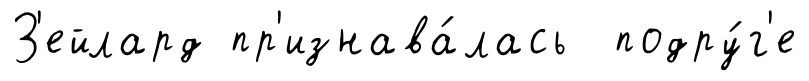
З'ейлард пр'изнава́лась подру́г'е